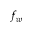
f _ { w }